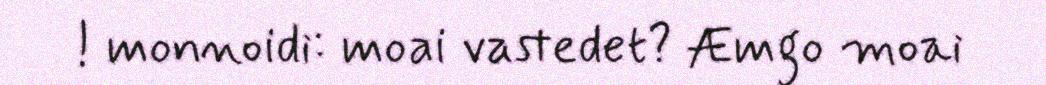
! monnoidi: moai vastedet? Æmgo moai